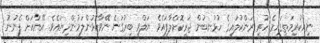
ނިއްކުރިމަތީގައިމެ ހުރީ ރަންކުލައިގެ ހުޅުނބުން ޖަރީކޮށްލާފައެވެ. ޔަލްވީ ބިރުގަނެ ނޭވާކޮޅުންލަމުންދިޔައެވެ. އޭނާއަށް ފެނުނު